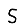
Digit: 5